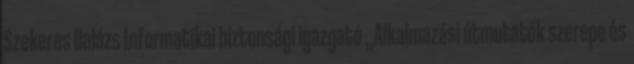
Szekeres Balázs Informatikai biztonsági igazgató „Alkalmazási útmutatók szerepe és